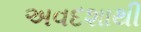
અવદશાથી